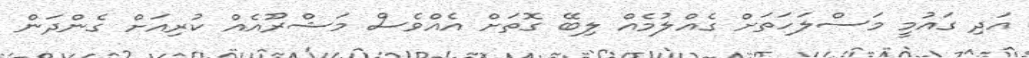
އަދި ގައުމީ މަސްލަހަތަށް ގެއްލުމެއް ލިބޭ ގޮތަށް އެއްވެސް މަޝްރޫއެއް ކުރިއަށް ގެންދަން